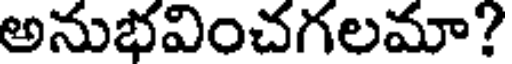
అనుభవించగలమా?